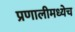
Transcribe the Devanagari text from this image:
प्रणालीमध्येच